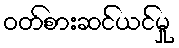
ဝတ်စားဆင်ယင်မှု